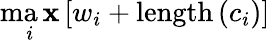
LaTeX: \operatorname*{ma\mathbf{x}}_{i}\left[w_{i}+\mathrm{{length}}\left(c_{i}\right)\right]